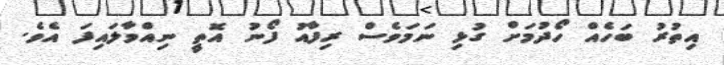
އިތުރު ބަހެއް ހޯދުމަށް ގުޅި ނަމަވެސް ރިފާއު ފޯނު އޮތީ ނިއްވާލައިފަ އެވެ.